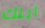
ابنك